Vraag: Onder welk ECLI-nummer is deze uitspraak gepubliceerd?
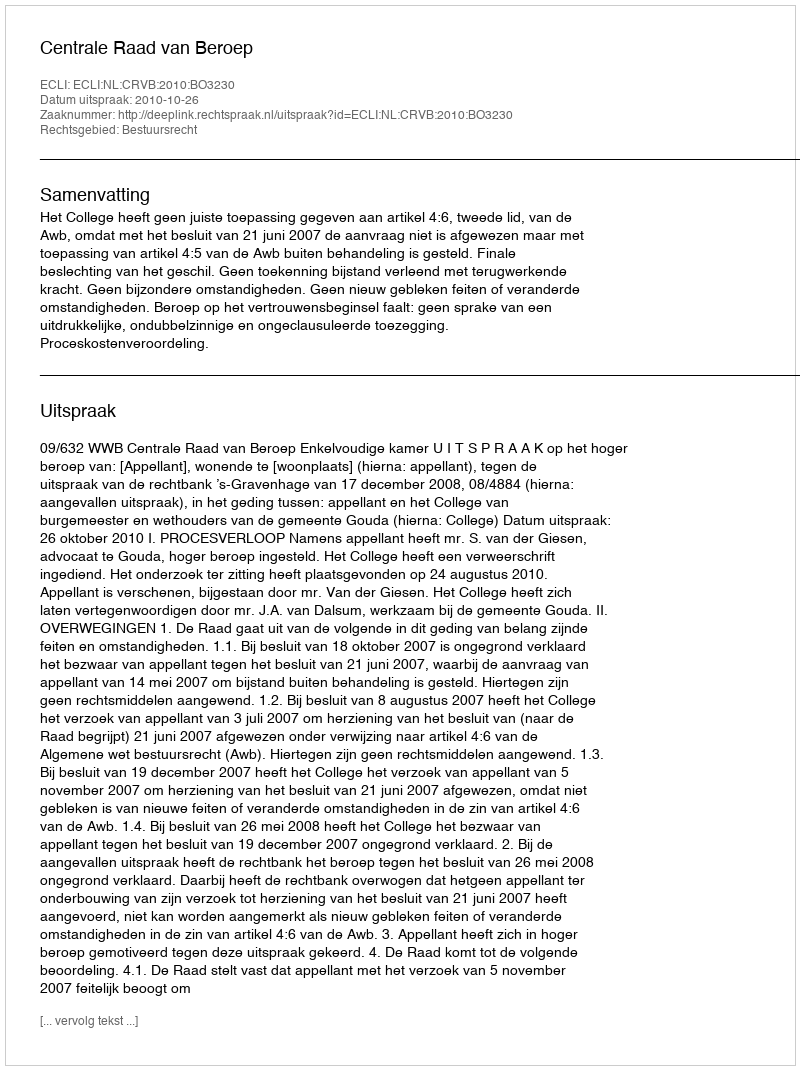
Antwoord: ECLI:NL:CRVB:2010:BO3230